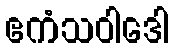
ဧကံသဝါဒေါ